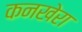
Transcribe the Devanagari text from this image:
कनखेरा